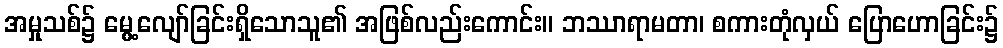
အမှုသစ်၌ မွေ့လျော်ခြင်းရှိသောသူ၏ အဖြစ်လည်းကောင်း။ ဘဿာရာမတာ၊ စကားတုံလှယ် ပြောဟောခြင်း၌